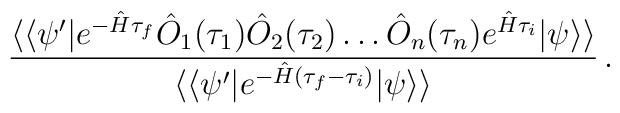
\frac{\langle \langle \psi^\prime|e^{-\hat H \tau_f}\hat O_1(\tau_1)\hat O_2(\tau_2)\ldots \hat O_n(\tau_n)e^{\hat H\tau_i}|\psi\rangle\rangle}{\langle \langle \psi^\prime|e^{-\hat H(\tau_f-\tau_i)}|\psi\rangle\rangle}\,.